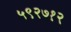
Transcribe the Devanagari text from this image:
५९२७१२